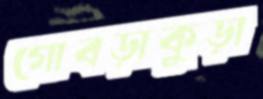
গোবড়াকুড়া